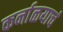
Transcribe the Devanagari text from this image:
कर्नाळयाचं